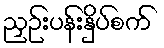
ညှဉ်းပန်းနှိပ်စက်